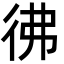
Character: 彿